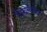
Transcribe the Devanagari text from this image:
चिखलीतील